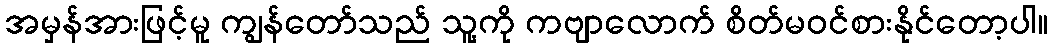
အမှန်အားဖြင့်မူ ကျွန်တော်သည် သူ့ကို ကဗျာလောက် စိတ်မဝင်စားနိုင်တော့ပါ။